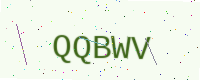
Text: QQBWV